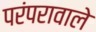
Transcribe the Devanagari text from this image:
परंपरावाले